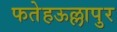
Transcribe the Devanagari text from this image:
फतेहऊल्लापुर